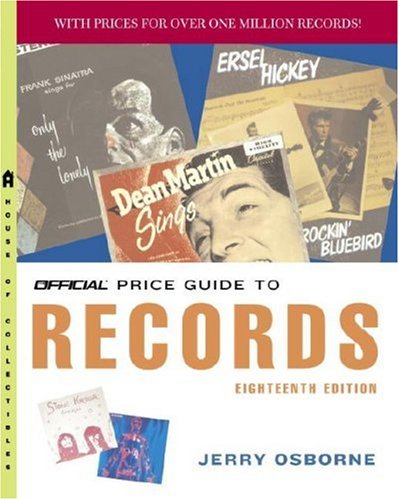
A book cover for The Official Price Guide to Records, 18th Edition; Jerry Osborne; Crafts, Hobbies & Home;